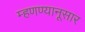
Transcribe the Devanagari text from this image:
म्हणण्यानूसार